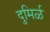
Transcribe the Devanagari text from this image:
दुमिर्ळ